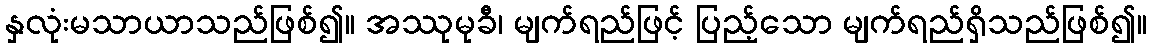
နှလုံးမသာယာသည်ဖြစ်၍။ အဿုမုခီ၊ မျက်ရည်ဖြင့် ပြည့်သော မျက်ရည်ရှိသည်ဖြစ်၍။